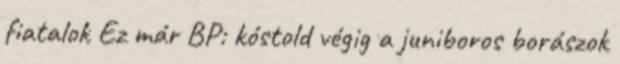
fiatalok Ez már BP: kóstold végig a juniboros borászok